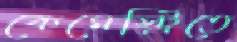
কেমেস্ট্রিতে